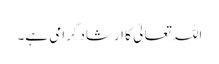
اللہ تعالیٰ کا ارشاد گرامی ہے۔